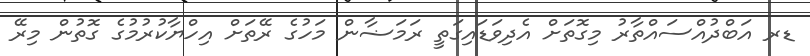
ޑރ އަބްދުއްސައްތާރު މިގޮތަށް އެދިވަޑައިގަތީ ރަމަޟާން މަހުގެ ރޭތަށް އިހްޔާކުރުމުގެ ގޮތުން މިރޭ